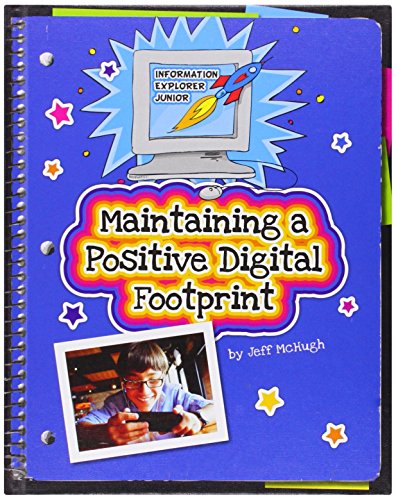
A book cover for Maintaining a Positive Digital Footprint (Information Explorer Junior); Jeff McHugh; Children's Books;